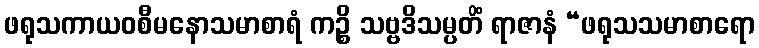
ဖရုသကာယဝစီမနောသမာစာရံ ကဉ္စိ သဗ္ဗဒိသမ္ပတိံ ရာဇာနံ “ဖရုသသမာစာရော